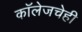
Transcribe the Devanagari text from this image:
कॉलेजचेही